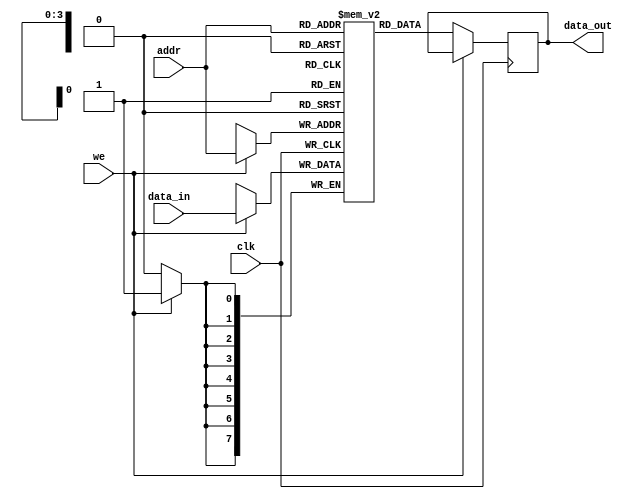
module parameterized_ram #(
    parameter DATA_WIDTH = 8,    // Number of bits in each memory word
    parameter ADDR_WIDTH = 4      // Number of address lines
)(
    input wire clk,               // Clock signal
    input wire we,                // Write enable signal
    input wire [ADDR_WIDTH-1:0] addr, // Address input
    input wire [DATA_WIDTH-1:0] data_in, // Input data to write to memory
    output reg [DATA_WIDTH-1:0] data_out // Output data read from memory
);

    // Memory declaration
    reg [DATA_WIDTH-1:0] mem [(2**ADDR_WIDTH)-1:0]; // Memory array

    // Asynchronous read and synchronous write
    always @(posedge clk) begin
        if (we) begin
            // Write operation
            mem[addr] <= data_in;
        end else begin
            // Read operation
            data_out <= mem[addr];
        end
    end

    // Optional: Reset behavior can be added here
    // You can uncomment below block if you want to include reset functionality
    /*
    always @(posedge reset) begin
        integer i;
        for (i = 0; i < (2**ADDR_WIDTH); i = i + 1) begin
            mem[i] <= 0; // Initialize memory to zero
        end
    end
    */

endmodule